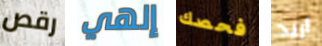
رقص إلهي فحصك أريد